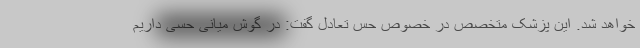
خواهد شد. این پزشک متخصص در خصوص حس تعادل گفت: در گوش میانی حسی داریم